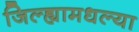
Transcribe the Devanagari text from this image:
जिल्ह्यामधल्या